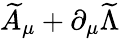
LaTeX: \widetilde{A}_{\mu}+\partial_{\mu}\widetilde{\Lambda}